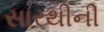
સારથીની